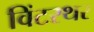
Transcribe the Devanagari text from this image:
विंटरथर